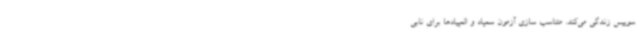
سوییس زندگی می‌کند. متناسب سازی آزمون سمپاد و المپیادها برای نابی